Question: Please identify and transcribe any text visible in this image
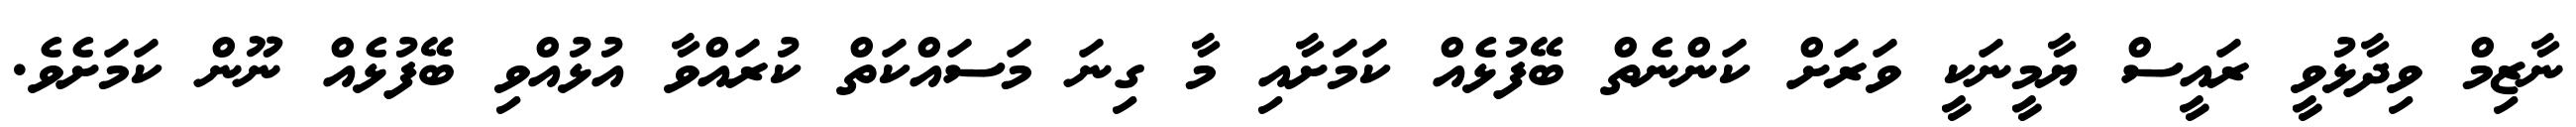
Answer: ނާޒިމް ވިދާޅުވީ ރައީސް ޔާމީނަކީ ވަރަށް ކަންނެތް ބޭފުޅެއް ކަމަށާއި މާ ގިނަ މަސައްކަތް ކުރައްވާ އުޅުއްވި ބޭފުޅެއް ނޫން ކަމަށެވެ.